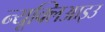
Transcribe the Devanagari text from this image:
न्यूक्लिआइउ